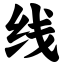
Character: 线